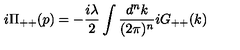
i \Pi _ { + + } ( p ) = - \frac { i \lambda } { 2 } \int \frac { d ^ { n } k } { ( 2 \pi ) ^ { n } } i G _ { + + } ( k )